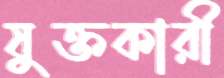
যুক্তকারী